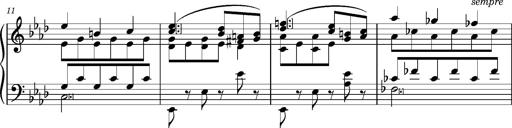
Title: KlavierstÃ¼ck in As-dur No.2 (S.189a/1)
Composer: Franz Liszt
Key: A